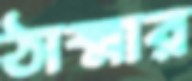
ঠাক্মার